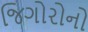
જિગોરોનો